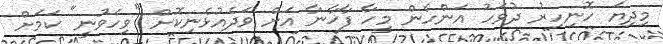
މިދިޔަ ހޮނިހިރު ދުވަހު އަންހެން މީހާ ފާޚާނާ އަށް ވަދެއުޅެނިކޮށް "ވިހެވުނީ" ކަމަށް